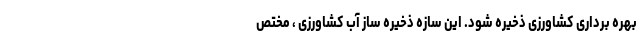
بهره برداری کشاورزی ذخیره شود. این سازه ذخیره ساز آب کشاورزی ، مختص